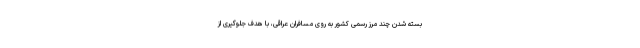
بسته شدن چند مرز رسمی کشور به روی مسافران عراقی، با هدف جلوگیری از